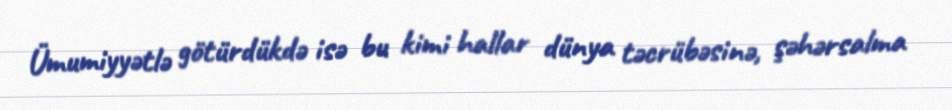
Ümumiyyətlə götürdükdə isə bu kimi hallar dünya təcrübəsinə, şəhərsalma